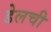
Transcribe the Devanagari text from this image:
डेलची